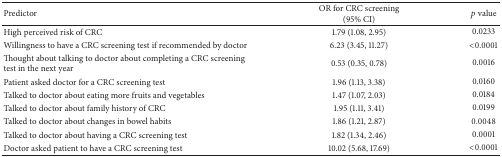
| Predictor | OR for CRC screening (95% CI) | p value |
 | --- | --- | --- |
 | High perceived risk of CRC | 1.79 (1.08, 2.95) | 0.0233 |
 | Willingness to have a CRC screening test if recommended by doctor | 6.23 (3.45, 11.27) | <0.0001 |
 | Thought about talking to doctor about completing a CRC screening test in the next year | 0.53 (0.35, 0.78) | 0.0016 |
 | Patient asked doctor for a CRC screening test | 1.96 (1.13, 3.38) | 0.0160 |
 | Talked to doctor about eating more fruits and vegetables | 1.47 (1.07, 2.03) | 0.0184 |
 | Talked to doctor about family history of CRC | 1.95 (1.11, 3.41) | 0.0199 |
 | Talked to doctor about changes in bowel habits | 1.86 (1.21, 2.87) | 0.0048 |
 | Talked to doctor about having a CRC screening test | 1.82 (1.34, 2.46) | 0.0001 |
 | Doctor asked patient to have a CRC screening test | 10.02 (5.68, 17.69) | <0.0001 |